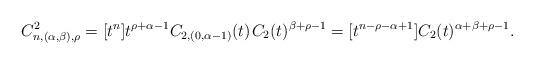
LaTeX: \begin{align*}C^2_{n,(\alpha,\beta),\rho} = [t^n] t^{\rho + \alpha - 1} C_{2,(0,\alpha-1)}(t) \kern+1pt C_2(t)^{\beta + \rho - 1} = [t^{n-\rho-\alpha+1}]C_2(t)^{\alpha+\beta+\rho-1}.\end{align*}